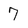
Character: 7